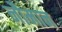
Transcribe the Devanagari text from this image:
नौमान